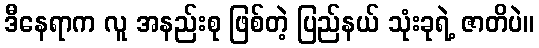
ဒီနေရာက လူ အနည်းစု ဖြစ်တဲ့ ပြည်နယ် သုံးခုရဲ့ ဇာတိပဲ။